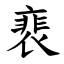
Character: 裵